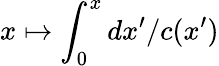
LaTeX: x\mapsto\int_{0}^{x}dx^{\prime}/c(x^{\prime})